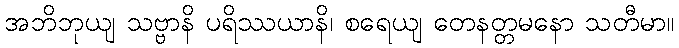
အဘိဘုယျ သဗ္ဗာနိ ပရိဿယာနိ၊ စရေယျ တေနတ္တမနော သတီမာ။